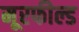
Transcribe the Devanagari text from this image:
मूरफील्ड